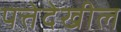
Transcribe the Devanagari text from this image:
पत्तेदेखील